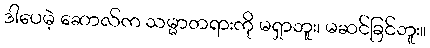
ဒါပေမဲ့ ဆောလ်က သမ္မာတရားကို မရှာဘူး၊ မဆင်ခြင်ဘူး။